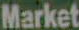
Market